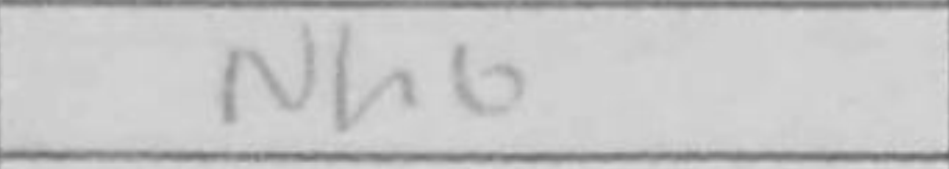
Transcription: Nh6